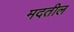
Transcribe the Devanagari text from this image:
मदतील